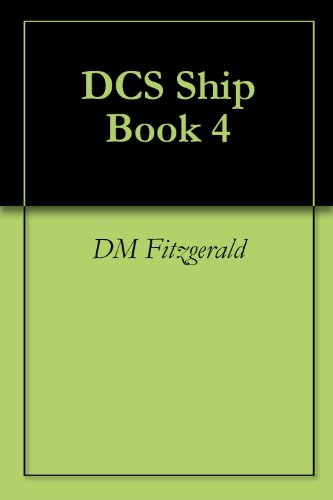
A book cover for DCS Ship Book 4; DM Fitzgerald; Science Fiction & Fantasy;